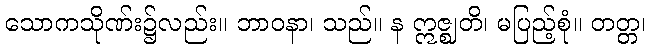
သောကသိုဏ်း၌လည်း။ ဘာဝနာ၊ သည်။ န ဣဇ္ဈတိ၊ မပြည့်စုံ။ တတ္တ၊